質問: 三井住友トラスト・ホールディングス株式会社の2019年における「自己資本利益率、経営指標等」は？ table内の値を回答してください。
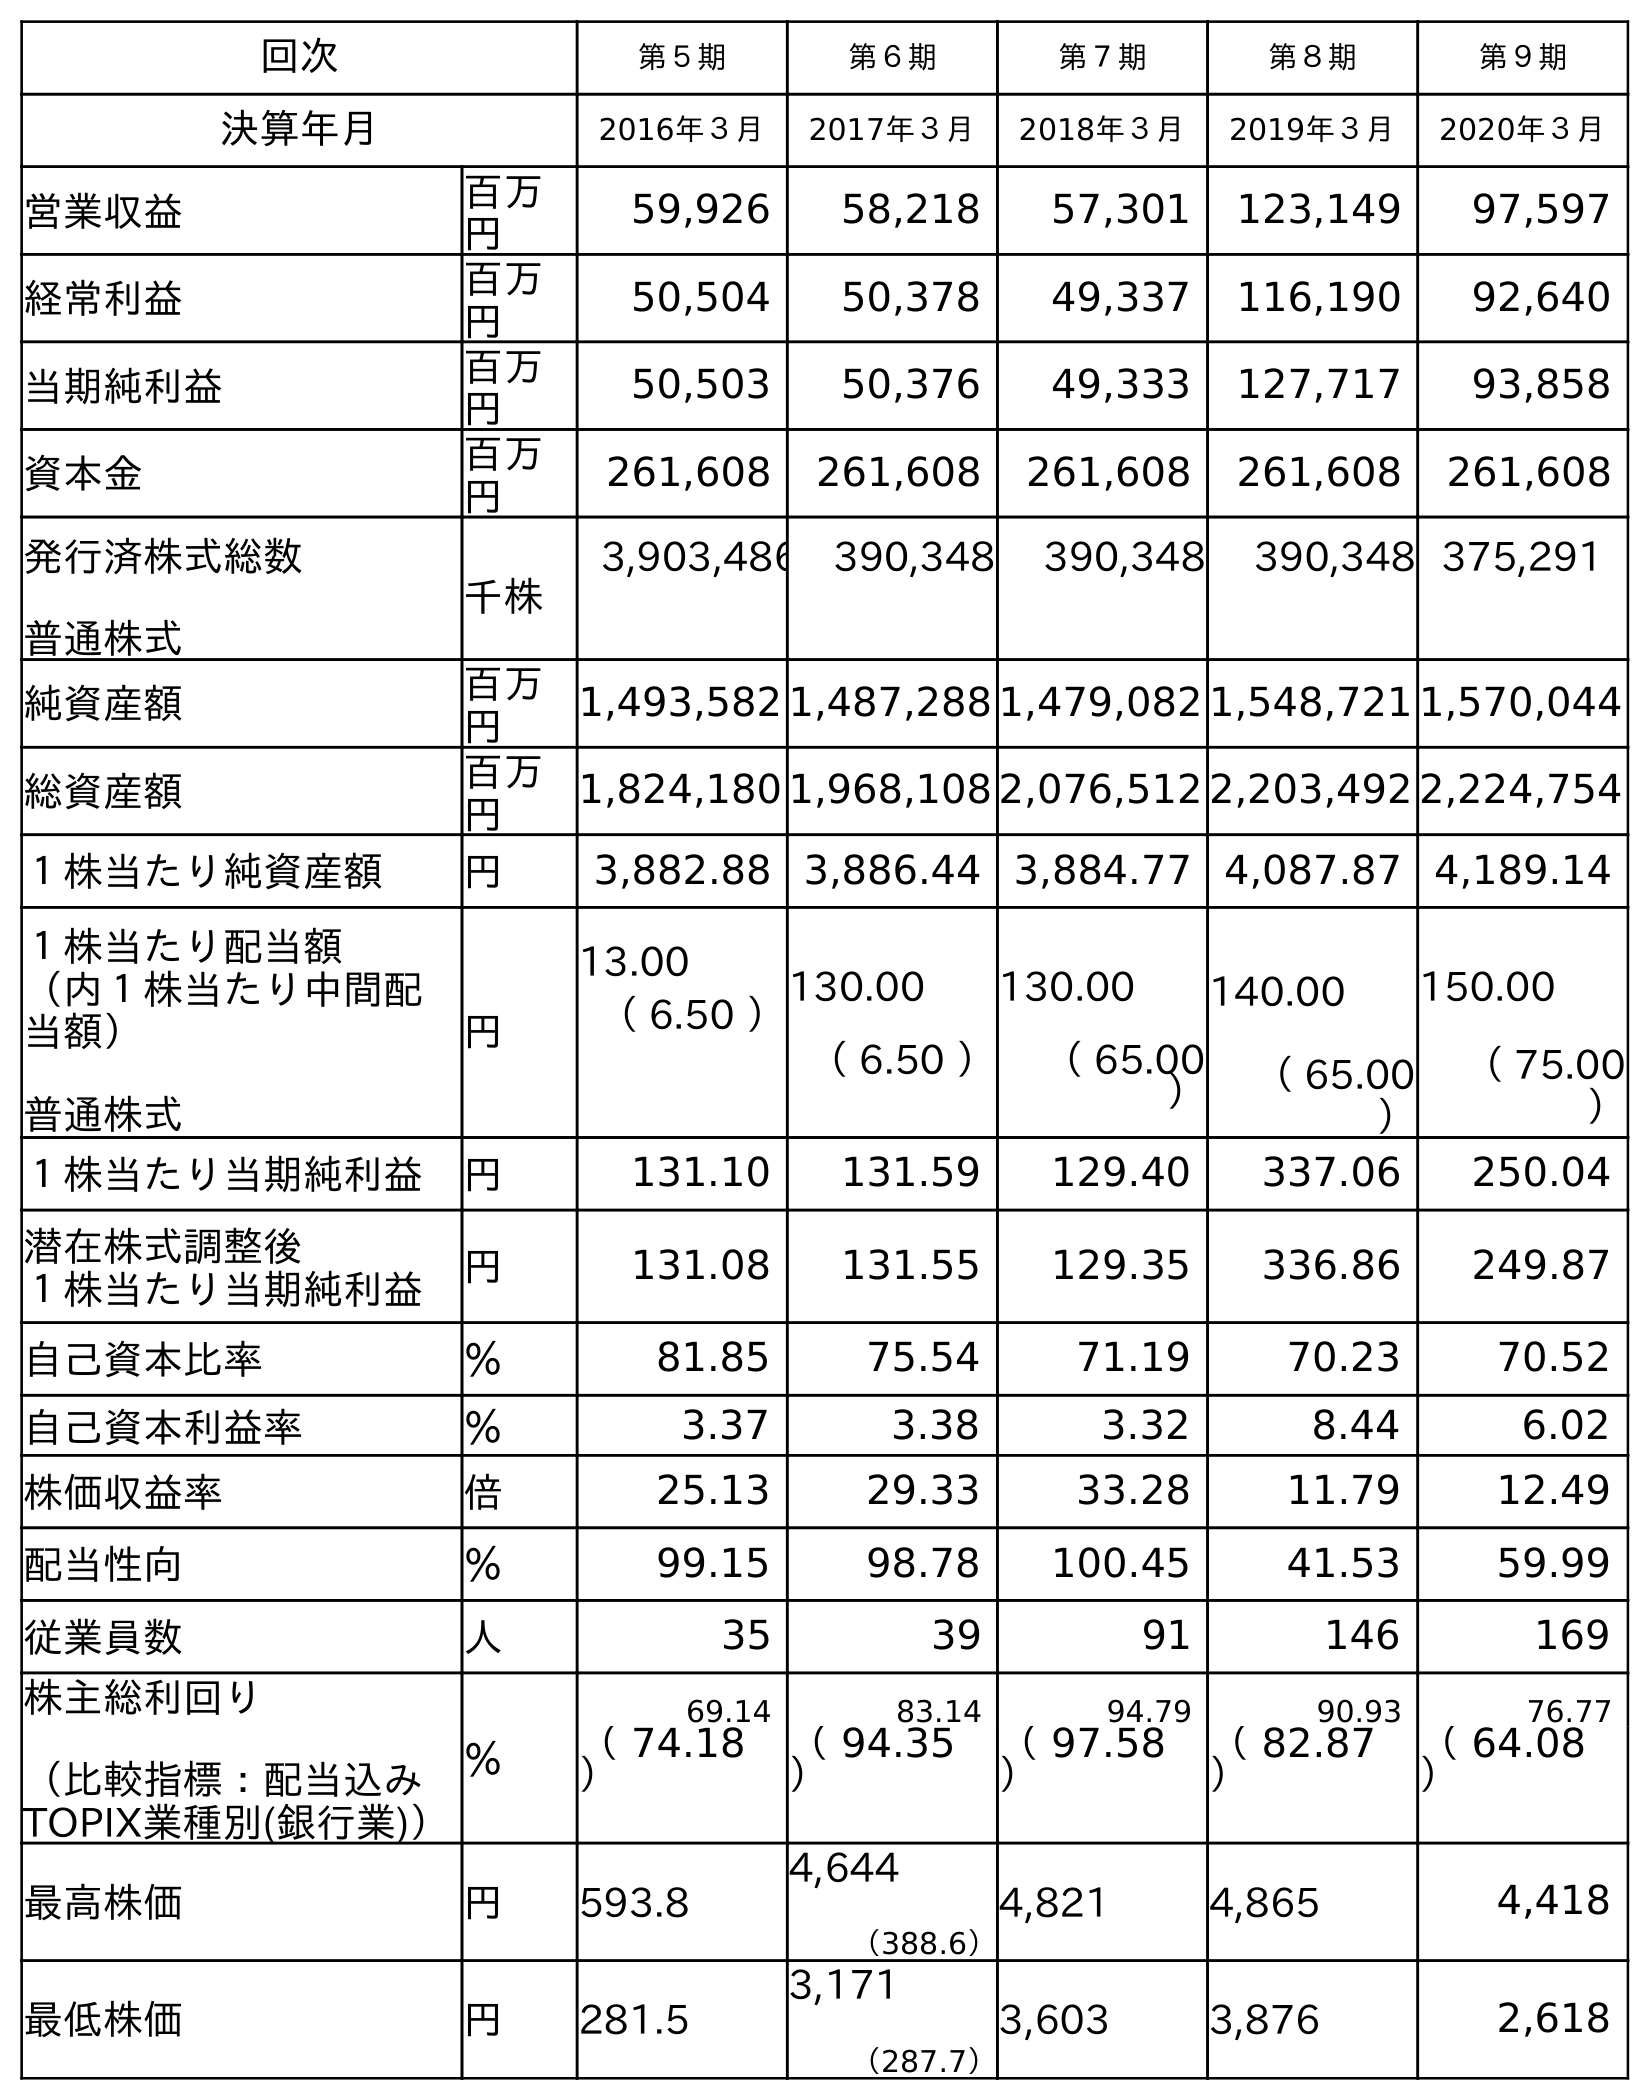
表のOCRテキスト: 回次 第５期 第６期 第７期 第８期 第９期 決算年月 2016年３月 2017年３月 2018年３月 2019年３月 2020年３月 営業収益 百万 円 59,926 58,218 57,301 123,149 97,597 経常利益 百万 円 50,504 50,378 49,337 116,190 92,640 当期純利益 百万 円 50,503 50,376 49,333 127,717 93,858 資本金 百万 円 261,608 261,608 261,608 261,608 261,608 発行済株式総数 普通株式 千株 3,903,486 390,348 390,348 390,348 375,291 純資産額 百万 円 1,493,582 1,487,288 1,479,082 1,548,721 1,570,044 総資産額 百万 円 1,824,180 1,968,108 2,076,512 2,203,492 2,224,754 １株当たり純資産額 円 3,882.88 3,886.44 3,884.77 4,087.87 4,189.14 １株当たり配当額 （内１株当たり中間配 当額） 普通株式 円 13.00 （ 6.50 ）130.00 （ 6.50 ） 130.00 （ 65.00 ） 140.00 （ 65.00 ） 150.00 （ 75.00 ） １株当たり当期純利益 円 131.10 131.59 129.40 337.06 250.04 潜在株式調整後 １株当たり当期純利益 円 131.08 131.55 129.35 336.86 249.87 自己資本比率 ％ 81.85 75.54 71.19 70.23 70.52 自己資本利益率 ％ 3.37 3.38 3.32 8.44 6.02 株価収益率 倍 25.13 29.33 33.28 11.79 12.49 配当性向 ％ 99.15 98.78 100.45 41.53 59.99 従業員数 人 35 39 91 146 169 株主総利回り （比較指標：配当込み TOPIX業種別(銀行業)） ％ 69.14 83.14 94.79 90.93 76.77 （ 74.18 ） （ 94.35 ） （ 97.58 ） （ 82.87 ） （ 64.08 ） 最高株価 円 593.8 4,644 （388.6） 4,821 4,865 4,418 最低株価 円 281.5 3,171 （287.7） 3,603 3,876 2,618
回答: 8.44